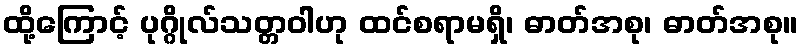
ထို့ကြောင့် ပုဂ္ဂိုလ်သတ္တဝါဟု ထင်စရာမရှိ၊ ဓာတ်အစု၊ ဓာတ်အစု။